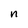
Character: n